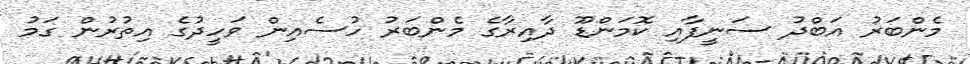
މެންބަރު އަބްދު ސަނީފާއި ކޮމަންޑޫ ދާއިރާގެ މެންބަރު ހުސެއިން ވަހީދުގެ އިތުރުން ގަމު